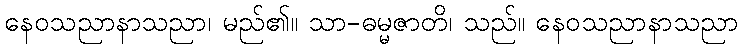
နေဝသညာနာသညာ၊ မည်၏။ သာ-ဓမ္မဇာတိ၊ သည်။ နေဝသညာနာသညာ